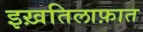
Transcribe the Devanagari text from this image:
इख़तिलाफ़ात